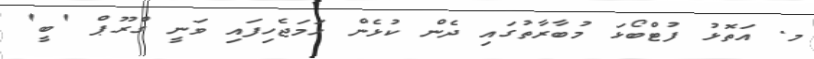
މ. އަތޮޅު ފުޓްބޯޅަ މުބާރާތުގައި ދެން ކުޅެން ހަމަޖެހިފައި ވަނީ ގްރޫޕް 'ބީ'